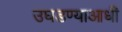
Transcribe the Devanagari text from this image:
उघडण्याआधी